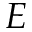
E